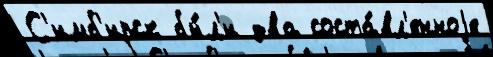
С'имб'ирск бы́л'и два соста́вл'енноjе